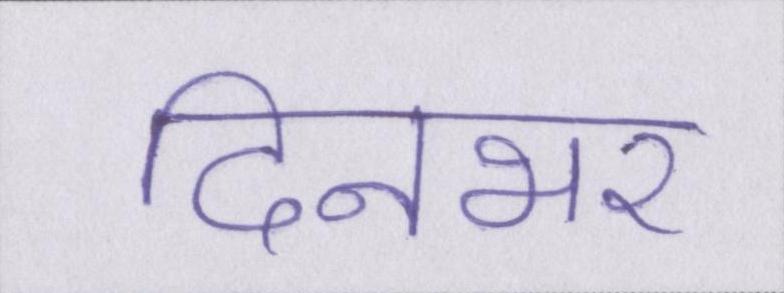
दिनभर